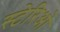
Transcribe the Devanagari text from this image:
स्टेरिओ